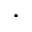
\cdot